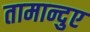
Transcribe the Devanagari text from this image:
तामान्दुए